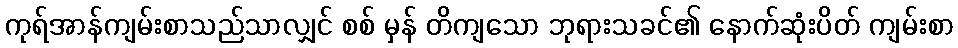
ကုရ်အာန်ကျမ်းစာသည်သာလျှင် စစ် မှန် တိကျသော ဘုရားသခင်၏ နောက်ဆုံးပိတ် ကျမ်းစာ